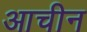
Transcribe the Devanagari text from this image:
आचीन